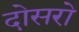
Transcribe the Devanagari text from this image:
दोसरो